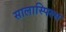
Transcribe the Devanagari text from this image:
सालास्पिल्स